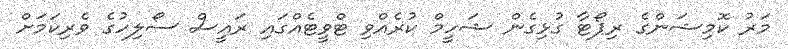
މަރު ކޮމިޝަންގެ ރިޕޯޓާ ގުޅިގެން ޝަހީމް ކުރެއްވި ޓްވީޓެއްގައި ރައީސް ސޯލިހުގެ ވެރިކަމަށް